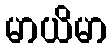
မာယိမာ